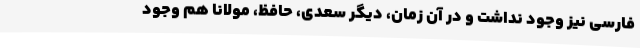
فارسی نیز وجود نداشت و در آن زمان، دیگر سعدی، حافظ، مولانا هم وجود